Vital statistics of India. Vol. VI, European troops 1870-79
Year: 1870
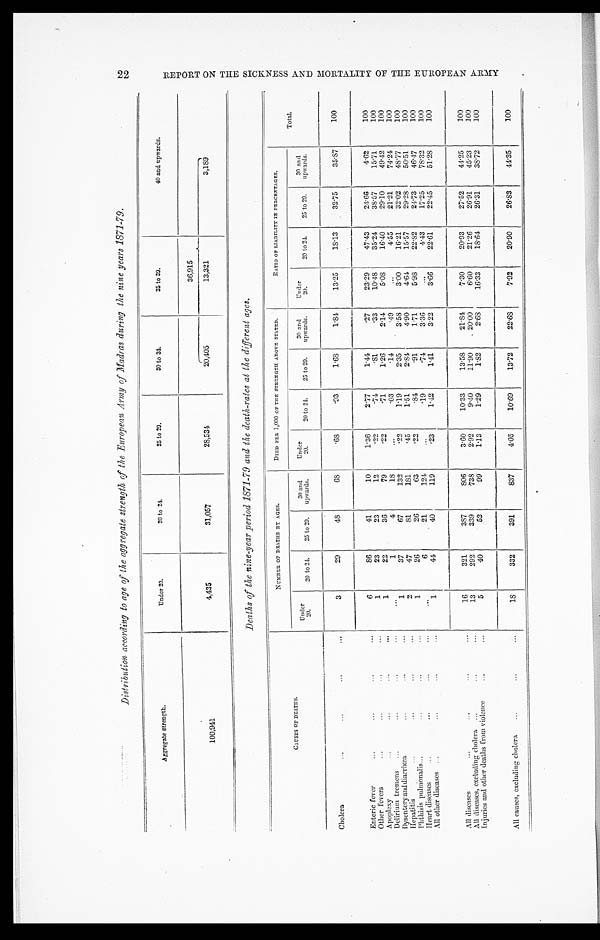
Distribution according to age of the aggregate strength of the European Army of Madras during the nine years 1871-79.
Aggregate strength.
Under 20.
20 to 24.
25 to 29.
3 0 t o 3 4 .
35 to 39.
40 and upwards.
36,915
100,941
4,435
31,057
28,534
20,405
13,321
3,189
Deaths of the nine-year period 1871-79 and the death-rates at the different ages.
CAUSES OF DEATHS.
NUMBER OF DEATHS BY AGES.
DIED PER 1,000 OF THE STRENGTH ABOVE STATED.
RATIO OF LIABILITY IN PERCENTAGES.
Total.
Under
20.
20 to 24. 25 to 29.
30 and
upwards.
Under
20.
20 to 24. 25 to 29.
30 and
upwards.
Under
20.
20 to 24. 25 to 29.
30 and
upwards.
Cholera
3
29
48
6 8
. 6 8
.93
1.68
1.84
13.25
18.13
32.75
35.87
100
Enteric fever
6
86
41
10
1.36
2.77
1.44
.27
23.29
47.43
24.66
4.62
100
Other fevers
1
23
23
12
.22
.74
.81
.33
10.48
35.24
38.57
15.71
100
Apoplexy
1
22
36
79
.22
.71
1.26
2.14
5.08
16.40
29.10
49.42
100
Delirium tremens
1
4
18
.03
.14
.49
4.55
21.21
74.24
100
Dysentery and diarrhœa
1
37
67
132
.22
1.19
2.35
3.58
3.00
16.21
32.02
48.77
100
Hepatitis
2
47
81
181
.45
1.51
2.84
4.90
4.64
15.57
29.28
50.51
100
Phthisis pulmonalis
1
26
26
63
.22
.84
.91
1.71
5.98
22.82
24.73
46.47
100
Heart diseases
6
21
124
.19
.74
3.36
4.43
17.25
78.32
100
All other diseases
1
44
40
119
.23
1.42
1.41
3.22
3.66
22.61
22.45
51.28
100
All diseases
16
321
387
806
3.60
10.33
13.58
21.84
7.30
20.93
27.52
44.25
100
All diseases, excluding cholera
13
292
339
738
2.92
9.40
11.90
20.00
6.60
21.26
26.91
45.23
100
Injuries and other deaths from violence
5
40
52
99
1.13
1.29
1.82
2.68
16.33
18.64
26.31
38.72
100
All causes, excluding cholera
18
332
391
837
4.05
10.69
13.72
22.68
7.92
20.90
26.83
44.35
100
2 2 R E P O R T O N T H E S I C K N E S S A N D M O R T A L I T Y O F T H E E U R O P E A N A R M Y